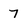
Character: 7